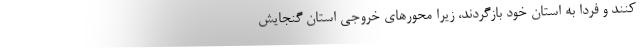
کنند و فردا به استان خود بازگردند، زیرا محورهای خروجی استان گنجایش